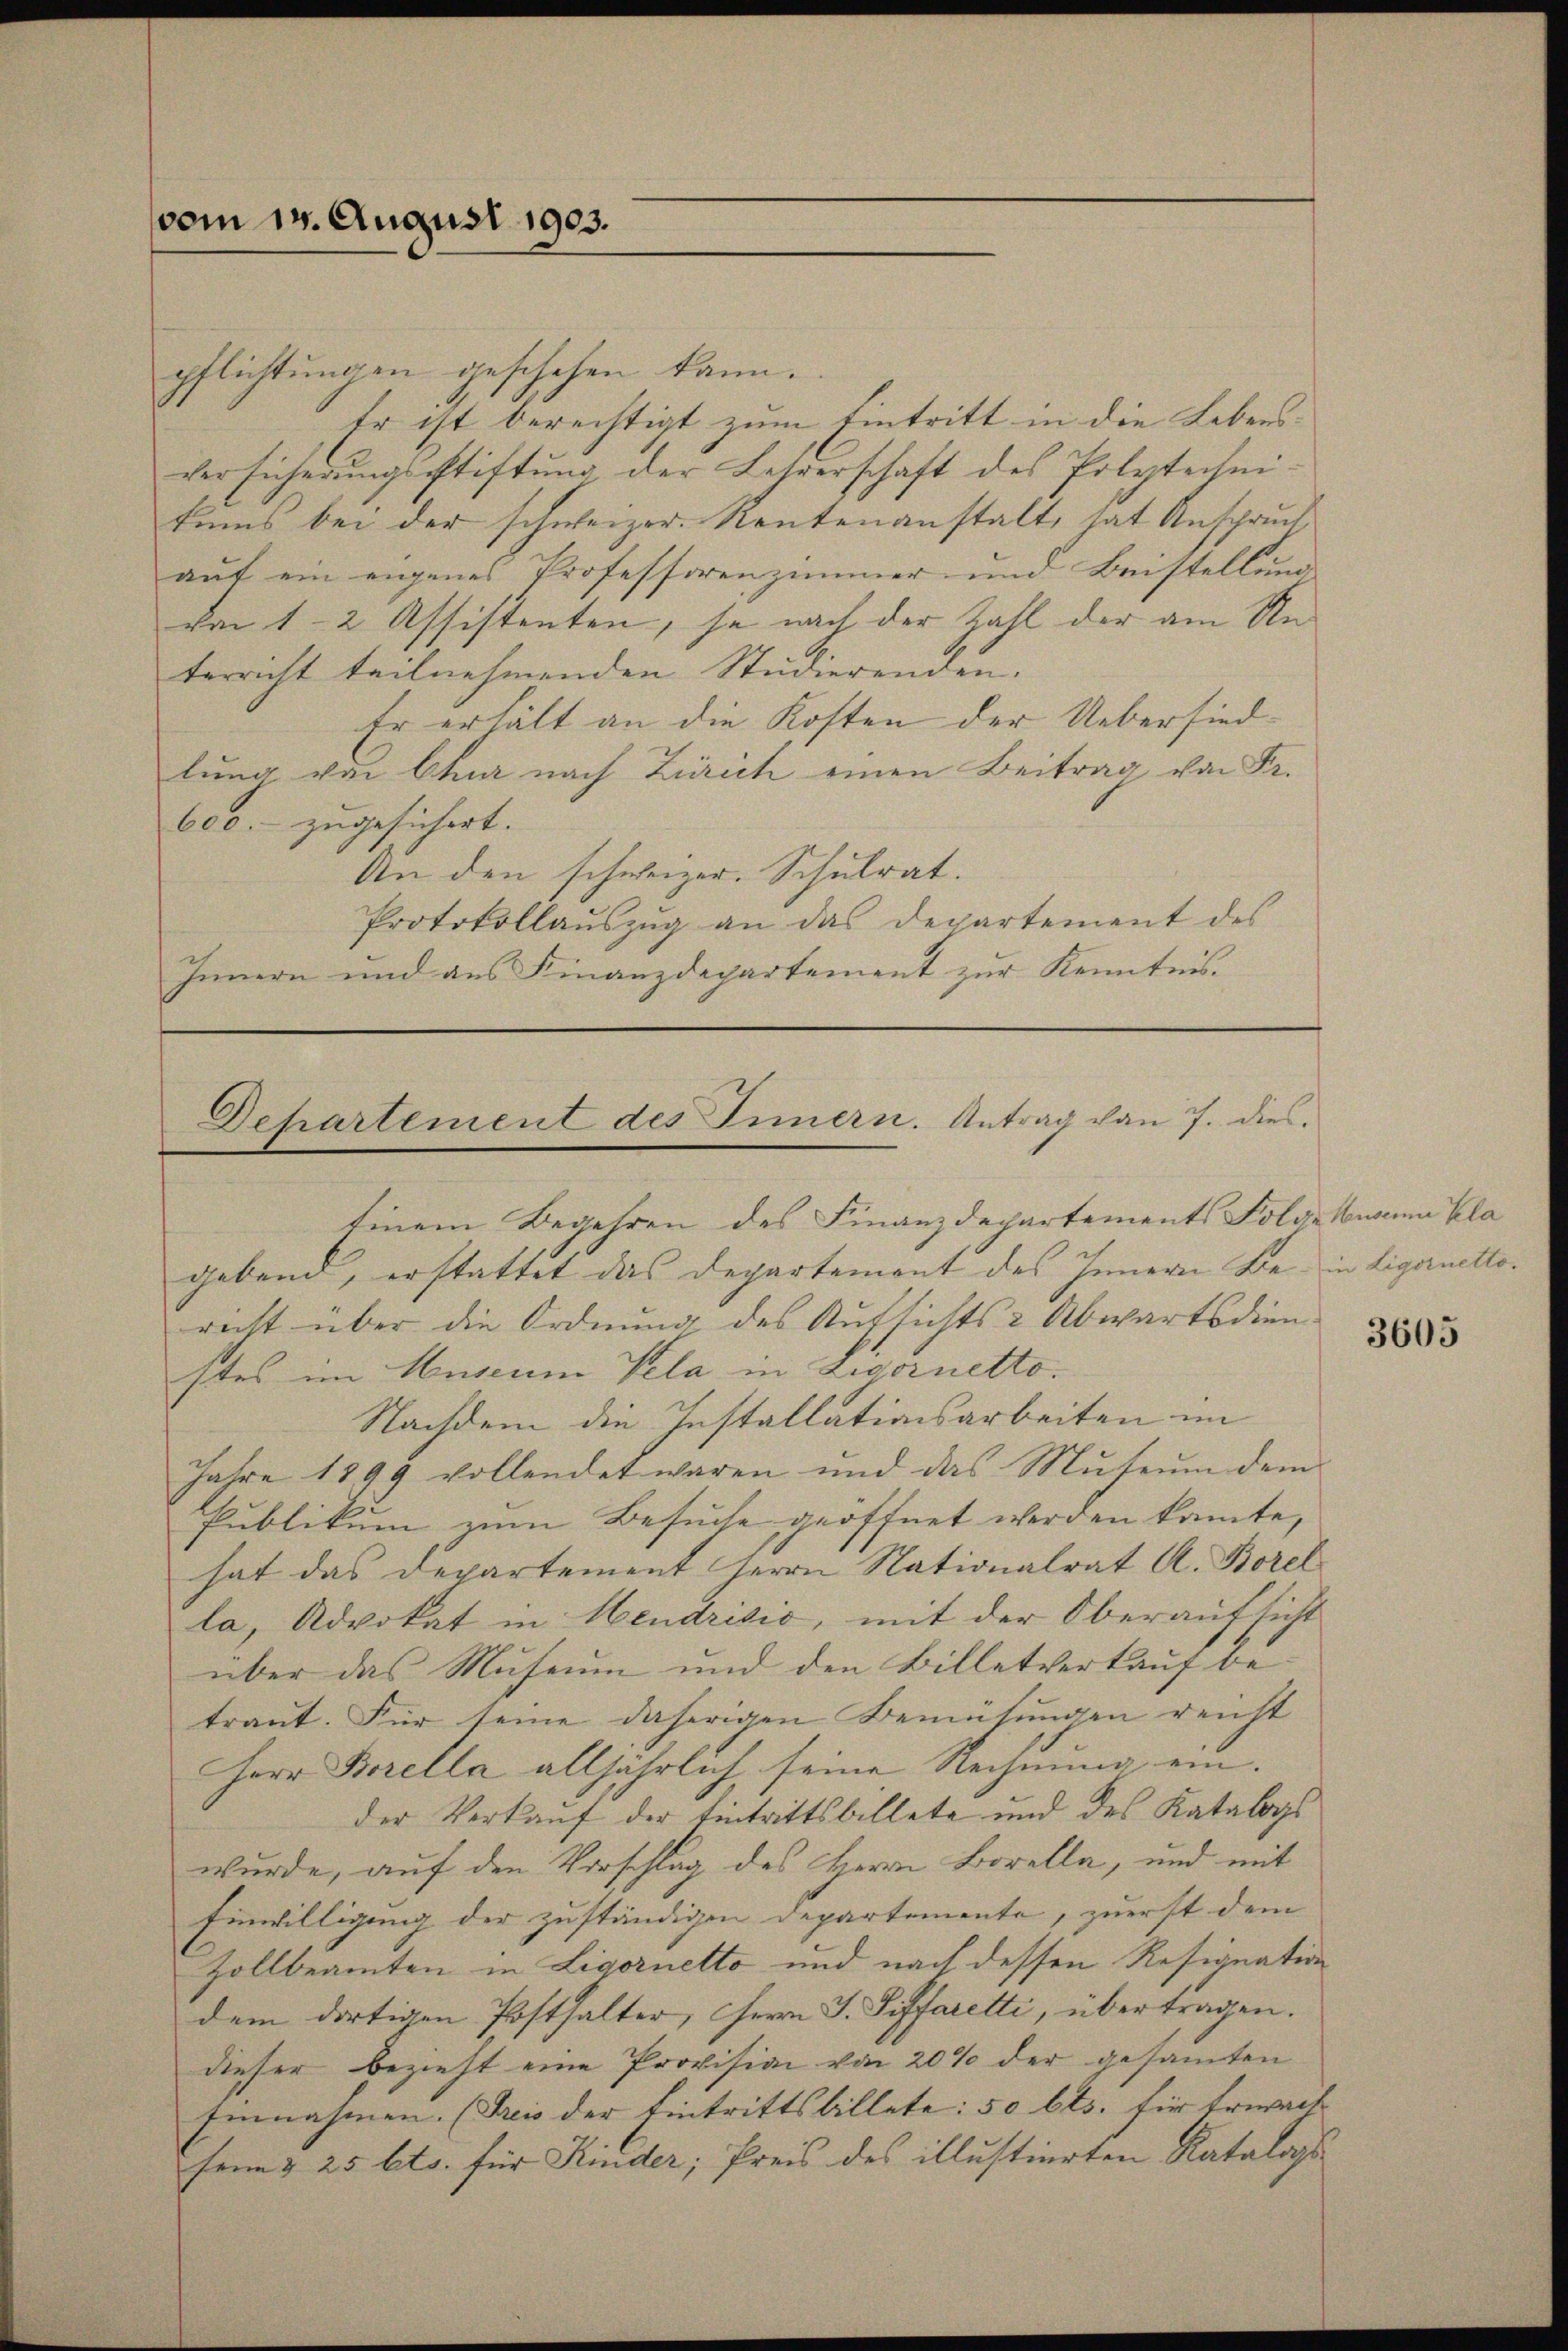
vom 14. August 1903.

pflichtungen geschehen kann.
Er ist berechtigt zum Eintritt in die Lebensversicherungsstiftung der Lehrerschaft des Polytechnitums bei der schweizer. Neutenanstalt, hat Anspruch
auf ein eigenes Professorenzimmer und Beistellung
von 1-2 Assistenten, je nach der Zahl der am Unterricht teilnehmenden Studierenden.
Er erhält an die Kosten der Uebersiedlung von Chur nach Zürich einen Beitrag von Fr.
600.- zugesichert.
An den schweizer. Schulrat.
Protokollauszug an das Departement des
Innern und aus Finanzdepartement zur Kenntnis.

Departement des Innern. Antrag von 7. dies

Einem Begehren des Finanzdepartements Solarkusanna Kla
gebend, erstattet das Departement des Innern Be- in Ligernettoricht über die Ordnung des Aufsichts & Abwartsdien
stes im Museum Pela in Livornetto.
Nachdem die Installationsarbeiten im
Jahre 1899 vollendet waren und das Muterm dem
Publikum von Besuche geöffnet werden kannte,
hat das Departement Herrn Nationalrat A. Borel
la, Advokat in Mendrisić, mit der Oberaufsicht
über das Museum und den Billetverkauf betraut. Für seine daherigen Bemühungen reicht
Herr Borella alljährlich seine Rechnung ein.
der Verkauf der Eintrittsbillete und des Katalogs
wurde, auf den Vorschlag des Herrn Borella, und mit
Einwilligung der zuständigen Departemente, zuerst dem
Zollbeamten in Ligornetto und nach dessen Resignation
dem dortigen Posthalter, Herrn J. Siffaretti, übertragen.
dieser bezieht eine Provision von 20% der gesamten
Einnahmen. (Freis der Eintrittsbillete: 50 Cts. für Erwach
heim & 25 Cts. für Kinder; Preis des illustierten Katalogs

3605